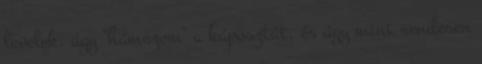
levelek, úgy "hámozom" a káposztát, és úgy mint rendesen